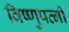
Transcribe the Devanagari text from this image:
विष्णुपत्नी